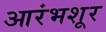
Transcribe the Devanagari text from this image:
आरंभशूर